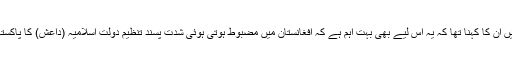
اِس آپریشن کی اہمیت کے بارے میں اُن کا کہنا تھا کہ یہ اِس لیے بھی بہت اہم ہے کہ افغانستان میں مضبوط ہوتی ہوئی شدت پسند تنظیم دولتِ اسلامیہ (داعش) کا پاکستانی علاقے میں اثر روکا جا سکے۔